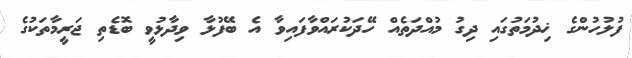
ފުލުހުންގެ ޚިދުމަތުގައި ދިގު މުއްދަތެއް ހޭދަކުރައްވާފައިވާ އެ ބޭފުޅާ ވިދާޅުވީ ބޮޑެތި ޖަރީމާތަކުގެ